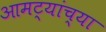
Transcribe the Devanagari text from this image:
आमट्यांच्या